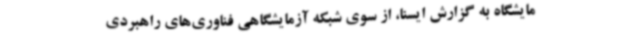
مایشگاه به گزارش ایسنا، از سوی شبکه آزمایشگاهی فناوری‌های راهبردی